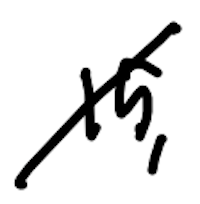
Text: 15,
Cross-out: diagonal
Writing tool: digital_black